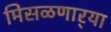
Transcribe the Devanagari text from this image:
मिसळणार्‍या